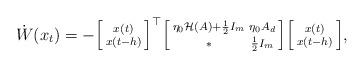
LaTeX: \begin{align*} \dot{W}(x_t) = - \begin{bsmallmatrix}x(t)\\x(t-h)\end{bsmallmatrix}^\top \begin{bsmallmatrix} \eta_0 \mathcal{H}(A) + \frac{1}{2}I_m & \eta_0 A_d \\ \ast & \frac{1}{2}I_m\end{bsmallmatrix} \begin{bsmallmatrix}x(t)\\x(t-h)\end{bsmallmatrix},\end{align*}